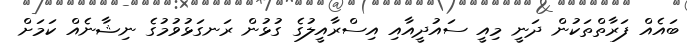
ބައެއް ފަރާތްތަކުން ދަނީ މިއީ ސައުދީއާއި އިސްރާއީލުގެ ގުޅުން ރަނގަޅުވުމުގެ ނިޝާނެއް ކަމަށް